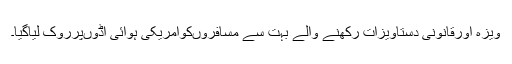
ویزہ اورقانونی دستاویزات رکھنے والے بہت سے مسافروںکوامریکی ہوائی اڈوںپرروک لیاگیا۔